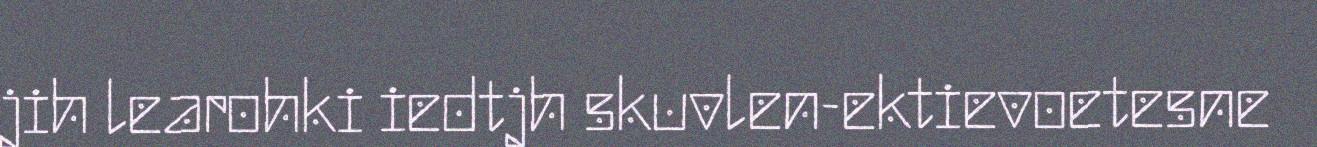
jih learohki iedtjh skuvlen-ektievoetesne